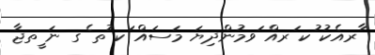
ާރއެކު ުކ ަރއް ަވމުންދިޔަ މަސައް ަކ ުތ ެގ ނަ ީތޖާ